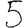
Digit: 5